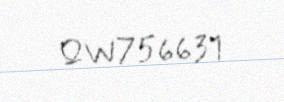
QW756631